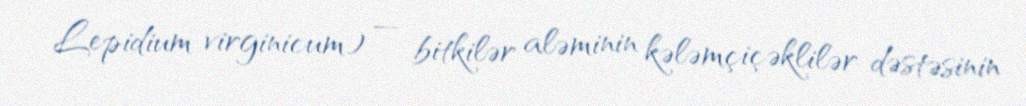
Lepidium virginicum) — bitkilər aləminin kələmçiçəklilər dəstəsinin